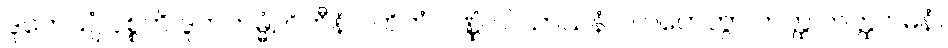
ဒူတေယျံ ဝုစ္စတိ ဒူတကမ္မံ, ဂိဟီနံ ပဟိတံ ပဏ္ဏံ ဝါ သာသနံ ဝါ ဂဟေတွာ တတ္ထ တတ္ထ ဂမနံ။